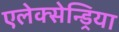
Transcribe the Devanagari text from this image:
एलेक्सेन्ड्रिया